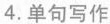
4.单句写作